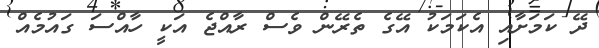
ދޭ ކަމަށާއި އެކަމަކު އޭގެ ތެރޭން ވެސް ރާއްޖެ އަކީ ހާއްސަ ގައުމެއް